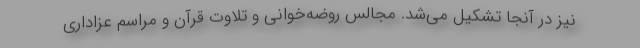
نیز در آنجا تشکیل می‌شد. مجالس روضه‌خوانی و تلاوت قرآن و مراسم عزاداری